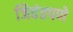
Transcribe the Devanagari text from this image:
जिवंतपणे